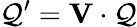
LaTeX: {\cal Q}^{\prime}={\mathbf V}\cdot{\cal Q}